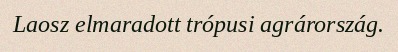
Laosz elmaradott trópusi agrárország.